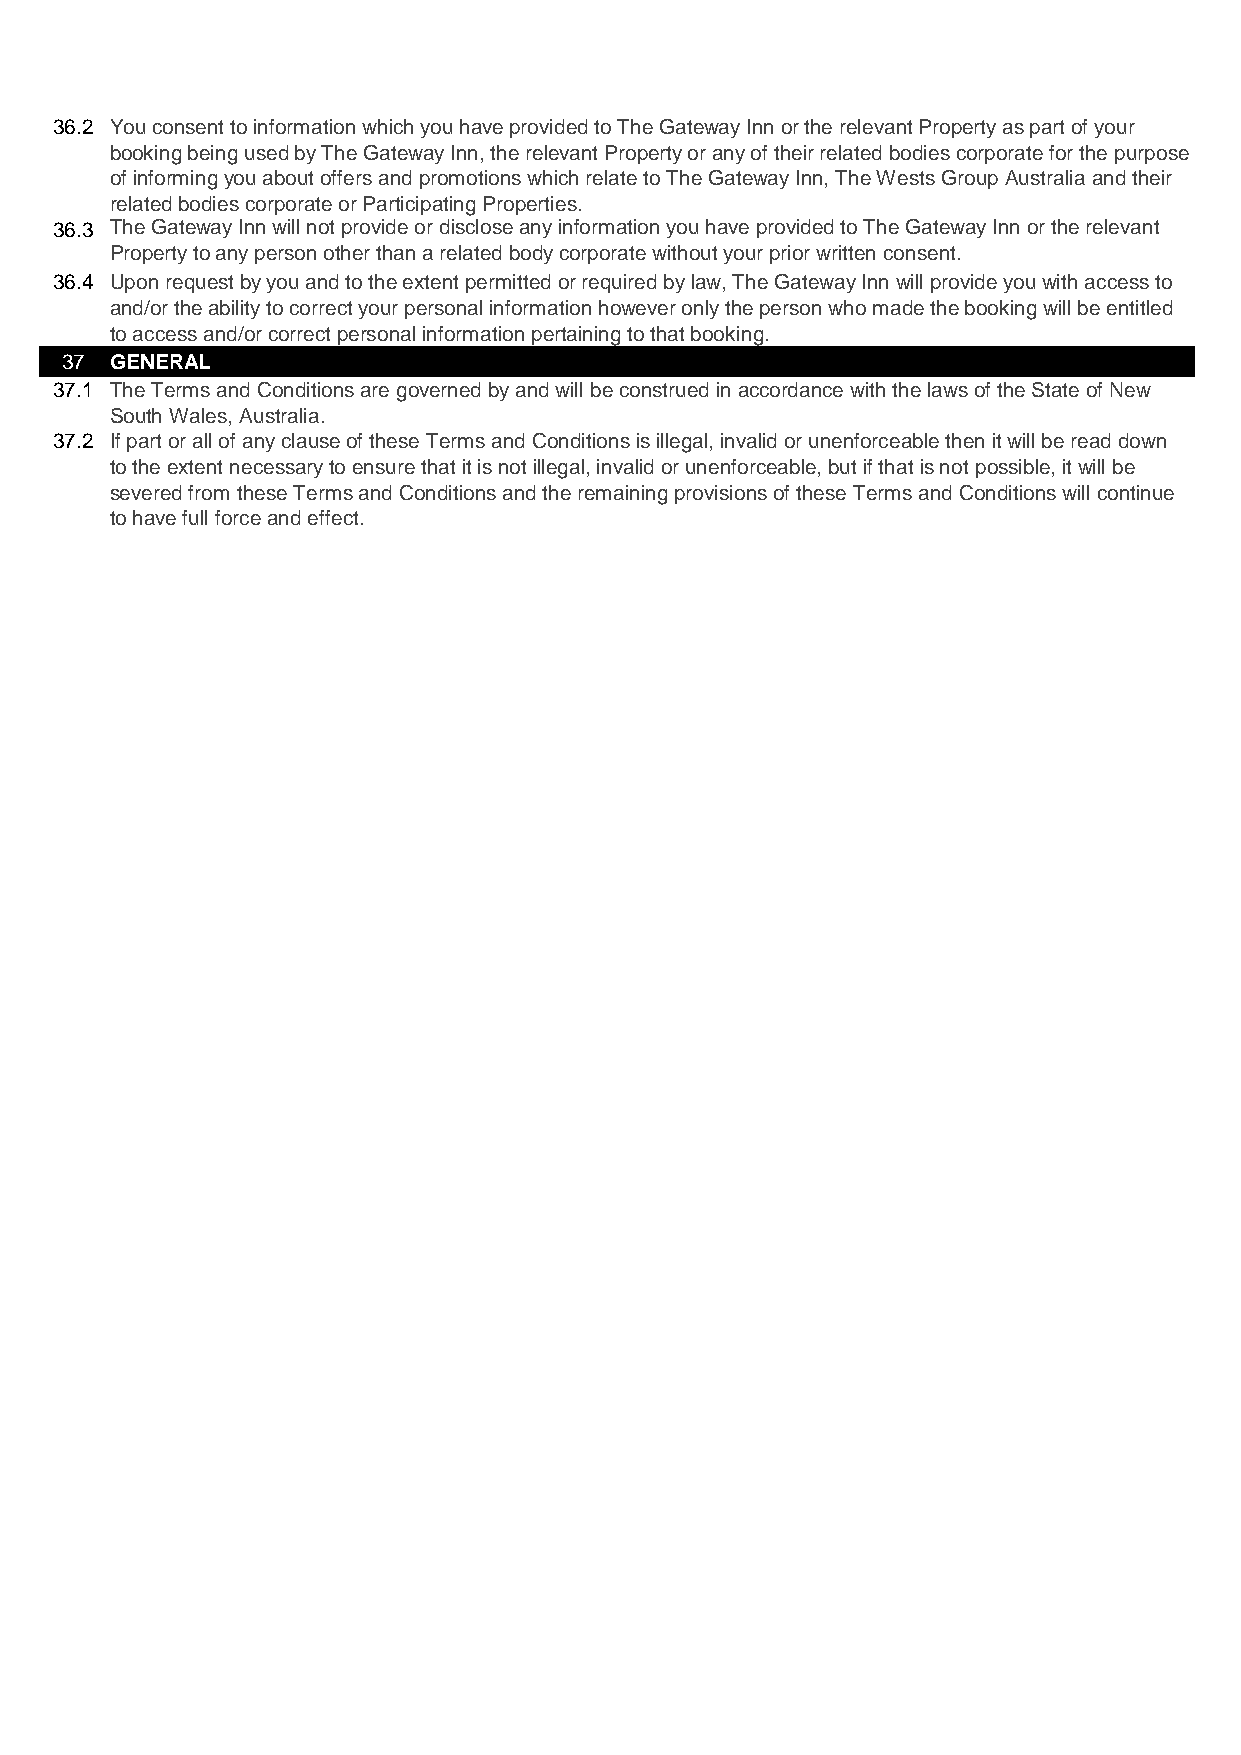
36.2 You consent to information which you have provided to The Gateway Inn or the relevant Property as part of your
 booking being used by The Gateway Inn, the relevant Property or any of their related bodies corporate for the purpose
 of informing you about offers and promotions which relate to The Gateway Inn, The Wests Group Australia and their
 related bodies corporate or Participating Properties.
 36.3 The Gateway Inn will not provide or disclose any information you have provided to The Gateway Inn or the relevant
 Property to any person other than a related body corporate without your prior written consent.
 36.4 Upon request by you and to the extent permitted or required by law, The Gateway Inn will provide you with access to
 and/or the ability to correct your personal information however only the person who made the booking will be entitled
 to access and/or correct personal information pertaining to that booking.
 37 GENERAL
 37.1 The Terms and Conditions are governed by and will be construed in accordance with the laws of the State of New
 South Wales, Australia.
 37.2 If part or all of any clause of these Terms and Conditions is illegal, invalid or unenforceable then it will be read down
 to the extent necessary to ensure that it is not illegal, invalid or unenforceable, but if that is not possible, it will be
 severed from these Terms and Conditions and the remaining provisions of these Terms and Conditions will continue
 to have full force and effect.